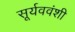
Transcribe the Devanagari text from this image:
सूर्यववंशी